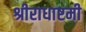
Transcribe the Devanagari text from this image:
श्रीराधाष्टमी